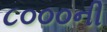
૮૦૦૦ની